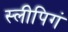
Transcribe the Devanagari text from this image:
स्लीपिगं